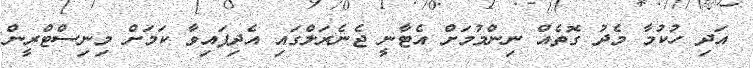
އަދި ހުކުމާ މެދު ގޮތެއް ނިންމުމަށް އެޓާނީ ޖެނެރަލްގައި އެދިފައިވާ ކަމަށް މިނިސްޓްރީން